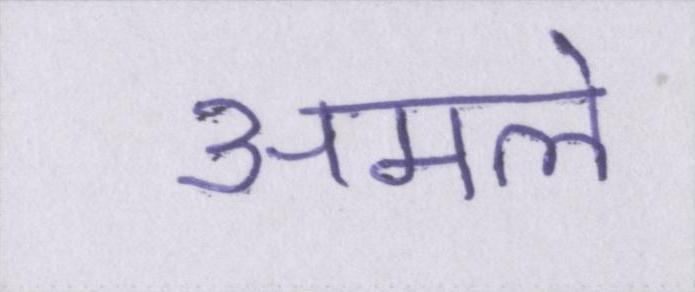
अमले